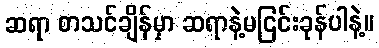
ဆရာ စာသင်ချိန်မှာ ဆရာနဲ့မငြင်းခုန်ပါနဲ့။